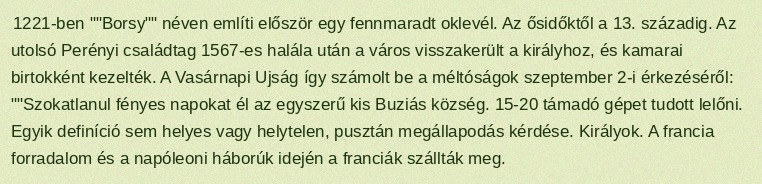
1221-ben ""Borsy"" néven említi először egy fennmaradt oklevél. Az ősidőktől a 13. századig. Az utolsó Perényi családtag 1567-es halála után a város visszakerült a királyhoz, és kamarai birtokként kezelték. A Vasárnapi Ujság így számolt be a méltóságok szeptember 2-i érkezéséről: ""Szokatlanul fényes na­pokat él az egyszerű kis Bu­ziás község. 15-20 támadó gépet tudott lelőni. Egyik definíció sem helyes vagy helytelen, pusztán megállapodás kérdése. Királyok. A francia forradalom és a napóleoni háborúk idején a franciák szállták meg.